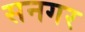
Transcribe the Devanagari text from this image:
सनगर